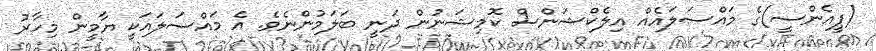
(ޕީއެންސީ)ގެ މައްސަލައެއް އިލެކްޝަންސް ކޮމިޝަނުން ދަނީ ބަލަމުންނެވެ. އެ މައްސަލައަކީ ޔާމީން މިހާރު